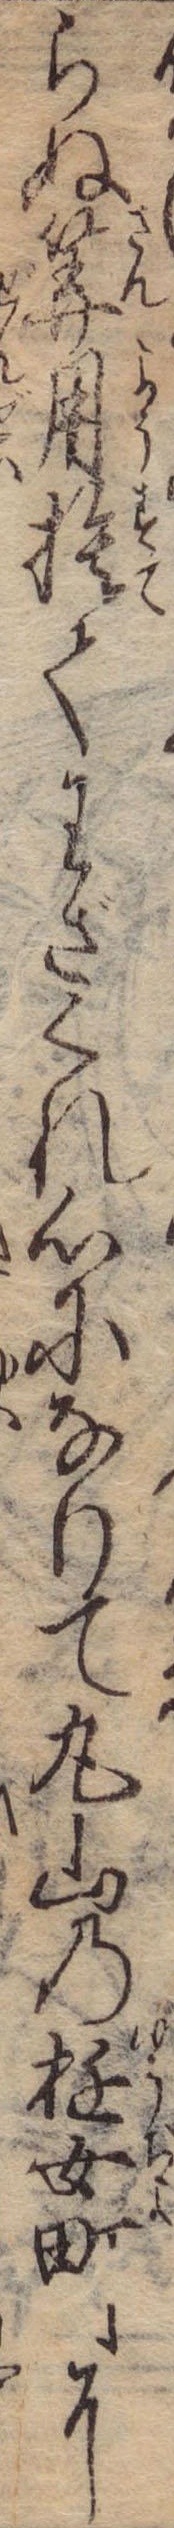
らぬ算用捨てわざくれ心になりて丸山の遊女町に